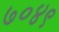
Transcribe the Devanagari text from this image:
७०४९